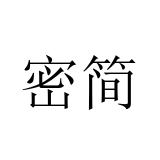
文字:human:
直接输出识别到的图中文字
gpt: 密简